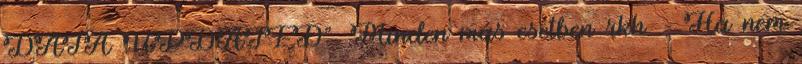
DATA UPDATED”. Minden más esetben rkh. – Ha nem